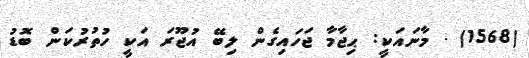
(1568) . މާނައަކީ: ޙިޖާމާ ޖަހައިގެން ލިބޭ އުޖޫރަ އަކީ ހުތުރުކަން ބޮޑު